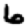
Digit: 6